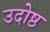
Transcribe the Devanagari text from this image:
उदोष्ठ